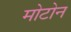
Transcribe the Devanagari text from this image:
मोटोन